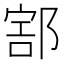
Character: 𨜱